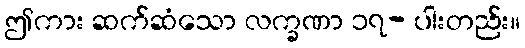
ဤကား ဆက်ဆံသော လက္ခဏာ ၁၇- ပါးတည်း။